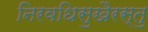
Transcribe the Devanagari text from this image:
निरवधिसुखैरस्तु